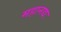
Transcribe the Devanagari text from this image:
महानद्यः